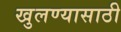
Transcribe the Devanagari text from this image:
खुलण्यासाठी